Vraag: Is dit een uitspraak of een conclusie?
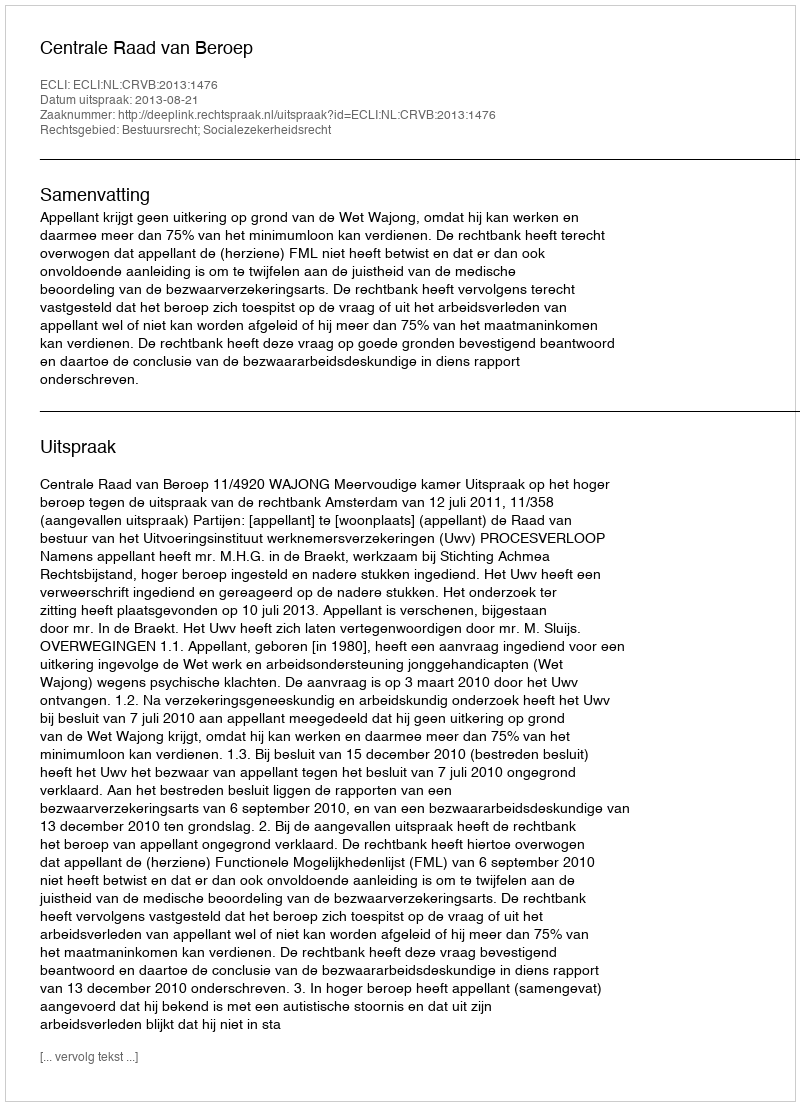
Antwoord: Uitspraak